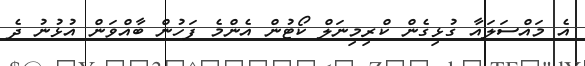
އެ މައްސަލައާ ގުޅިގެން ކްރިމިނަލް ކޯޓުން އެންމެ ފަހުން ބާއްވަން އުޅުނު ދެ